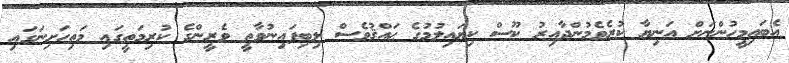
އެބައިމީހުންނަށް އަނިޔާ ކުރެވެމުންދާއިރު ކޫސް ކިޔައިލުމުގެ ޙައްޤުވެސް ލިބިފައިނުވާތީ ވެރީންގެ ކުރިމަތީގައި މަތިހަށިނަގައި